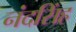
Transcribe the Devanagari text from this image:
नंदसिंह